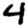
Digit: 4